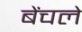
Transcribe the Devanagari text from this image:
बेंचले